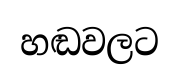
හඬවලට